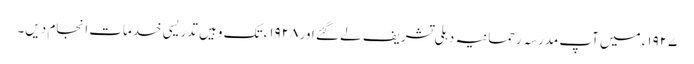
۱۹۲۷ء میں آپ مدرسہ رحمانیہ دہلی تشریف لے گئے اور ۱۹۲۸ء تک وہیں تدریسی خدمات انجام دیں۔